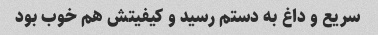
سریع و داغ به دستم رسید و کیفیتش هم خوب بود